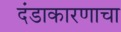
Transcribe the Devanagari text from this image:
दंडाकारणाचा